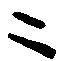
ニ